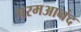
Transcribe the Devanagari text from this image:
परमआनंद